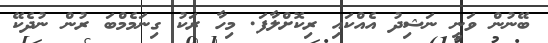
ބޭނުން ވަނީ ނަޝިދު އެއްކައި ރިކޮށްލާފަ. މިހާ ރަކު ގިނަމެމްބަ ރުން ނުދެކޭ